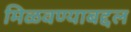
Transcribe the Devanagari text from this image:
मिळवण्याबद्दल